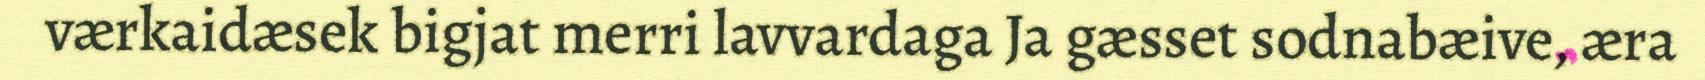
værkaidæsek bigjat merri lavvardaga Ja gæsset sodnabæive, æra